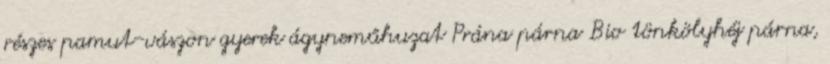
részes pamut-vászon gyerek ágyneműhuzat Prána párna Bio tönkölyhéj párna,